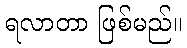
ရလာတာ ဖြစ်မည်။